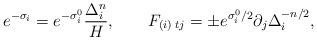
LaTeX: \begin{align*}e^{-\sigma_i} =e^{-\sigma_i^0}\frac{\Delta_i^n}{ H }, \qquad{}F_{(i) \; tj} =\pm e^{\sigma_i^0/2}\partial_j {\Delta_{i}^{-n/2}},\end{align*}